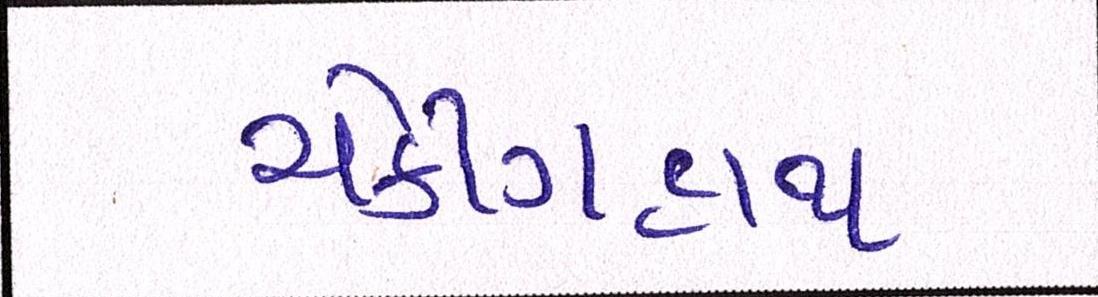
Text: ચેકીંગહાથ